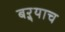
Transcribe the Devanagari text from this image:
बऱ्र्‍याच